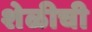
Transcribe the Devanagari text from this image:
शेळीची